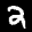
Label: 2